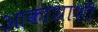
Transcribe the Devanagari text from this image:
आकाशाशी